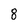
Character: 8